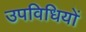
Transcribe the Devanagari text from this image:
उपविधियों